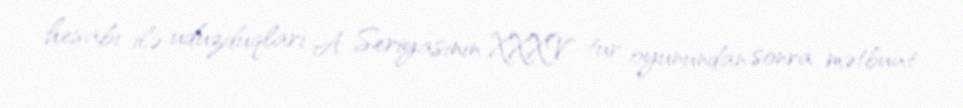
hesabı ilə uduzduqları A Seriyasının XXXV tur oyunundan sonra mətbuat